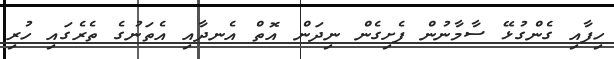
ހިފާއި ގެންގުޅޭ ސާމާނުން ފެށިގެން ނިދަން އޮތް އެނދާއި އެތަނުގެ ތެރެގައި ހުރި